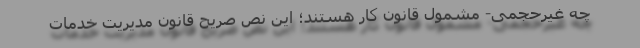
چه غیرحجمی- مشمول قانون کار هستند؛ این نص صریح قانون مدیریت خدمات